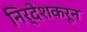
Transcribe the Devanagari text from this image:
निर्देशकरून